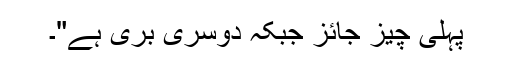
پہلی چیز جائز جبکہ دوسری بُری ہے"۔